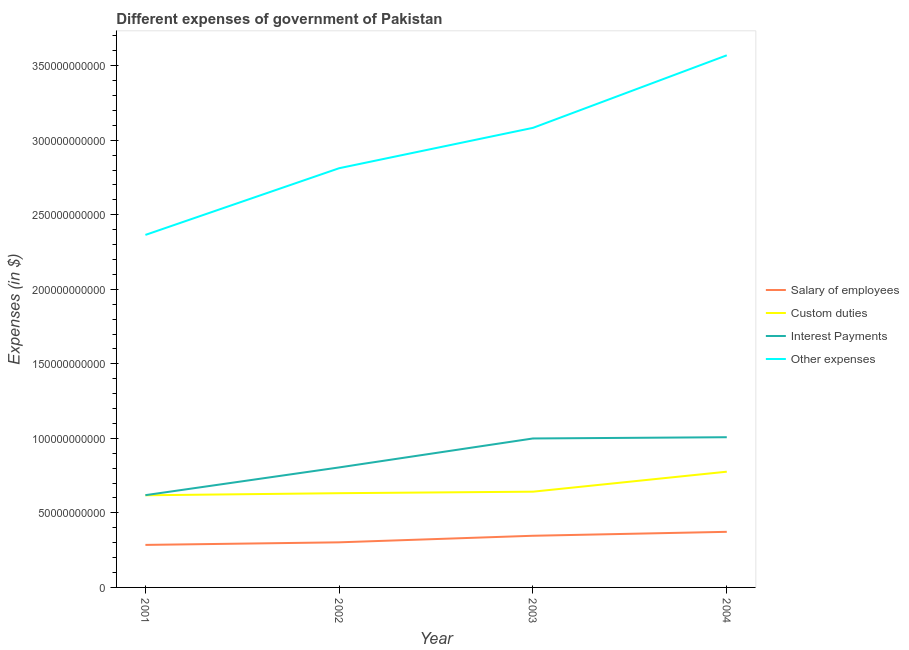
| Year | Salary of employees | Custom duties | Interest Payments | Other expenses |
 | --- | --- | --- | --- | --- |
 | 2001 | 2.85e+10 | 6.18e+10 | 6.19e+10 | 2.37e+11 |
 | 2002 | 3.03e+10 | 6.32e+10 | 8.05e+10 | 2.81e+11 |
 | 2003 | 3.47e+10 | 6.42e+10 | 9.99e+10 | 3.08e+11 |
 | 2004 | 3.73e+10 | 7.77e+10 | 1.01e+11 | 3.57e+11 |